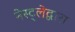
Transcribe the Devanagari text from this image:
नेस्ट्लेद्वारा